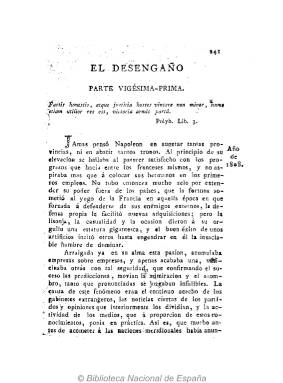
Título: El Desengaño
Otros títulos: El Desengaño o Particularidades de la vida pública de Napoleón, desde su venida de Egipto hasta nuestros tiempos || Particularidades de la vida pública de Napoleón, desde su venida de Egipto hasta nuestros tiempos
Colección: Periódicos anteriores a 1850
Ámbito geográfico: Cádiz
Lugar de publicación: Cádiz
Fechas: 01/01/1808-31/12/1808

Publicación periódica que apareció cada jueves en cuadernos de doce páginas durante 1808 y 1809, redactada por el jurista Pascual Bolaños y Novoa (1756-1843), en ese momento decano de los abogados gaditanos y posteriormente nombrado por las Cortes como miembro del nuevo Tribunal Supremo. El título completo de la publicación es: El Desengaño o Particularidades de la vida pública de Napoleón Bonaparte desde su venida de Egipto hasta nuestros tiempos: mezcladas con reflexiones políticas y morales, que descubren su verdadero carácter. Fue impreso en la Casa de Misericordia, de Cádiz, en donde también se vendía. De forma cronológica, el autor narra las actuaciones políticas del emperador desde que se hizo dueño del ejército francés así como la política interior de Carlos IV hasta su encuentro en Bayona, su abdicación y el texto constitucional datado en esta ciudad.

Según Gómez Ímaz (1910), Bolaños se muestra en su obra como acérrimo enemigo de Godoy, partidario de Fernando VII y defensor del primer Secretario de Estado Pedro Ceballos (1759-1839), y la considera de escasa amenidad y plagada de “indigesta erudición”. Moreno Pastor (2010), abunda en la crítica de esta extensa obra periódica que refleja la hostilidad y animadversión de este patriota contra Napoleón, al tildarla de “pretenciosa” y ser escrita “con estilo panfletario y espíritu propagandístico”. Uno de los contenidos de la misma es la controvertida sucesión a la Corona de España, que se había intensificado durante la retención de la Familia Real en Francia.

La colección de la Hemeroteca Digital de la BNE sólo dispone de la entrega número 21, de 1808, con la foliación 241-252. Según Gómez Ímaz, la colección completa de este título la forman dos tomos en 4º, de 30 números y 360 páginas cada uno; el primero, impreso en 1808 y, el segundo, en 1809. Existe una reimpresión, llevada por Arispe en México, entre 1809 y 1810.